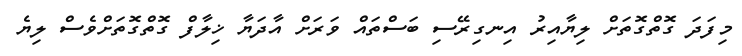
މިފަދަ ގޮތްގޮތަށް ލިޔާއިރު އިނގިރޭސި ބަސްތައް ވަރަށް އާދަޔާ ޚިލާފް ގޮތްގޮތަށްވެސް ލިޔެ